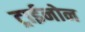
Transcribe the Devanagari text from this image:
ट्राईनोन